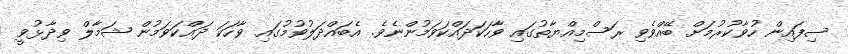
ސިފައިން ހުވާކުރުމަށް ބޭއްވެވި ރަސްމިއްޔާތުގައި ވާހަކަދައްކަވަމުންނެވެ. އެބައްދަލުވުމުގައި ވާހަކަ ދައްކަވަމުން ޝަމާލް ވިދާޅުވީ